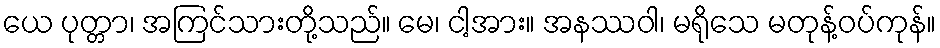
ယေ ပုတ္တာ၊ အကြင်သားတို့သည်။ မေ၊ ငါ့အား။ အနဿဝါ၊ မရိုသေ မတုန့်ဝပ်ကုန်။